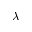
\lambda